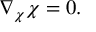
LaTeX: \nabla _ { \chi } { \chi } = 0 .